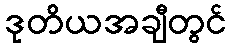
ဒုတိယအချီတွင်